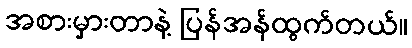
အစားမှားတာနဲ့ ပြန်အန်ထွက်တယ်။